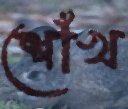
শোঁখ